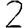
Digit: 2